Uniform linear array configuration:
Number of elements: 32
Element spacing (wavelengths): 1
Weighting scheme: cosine
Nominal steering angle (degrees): -15
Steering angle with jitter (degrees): -15.287
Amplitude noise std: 0.05
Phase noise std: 0.05

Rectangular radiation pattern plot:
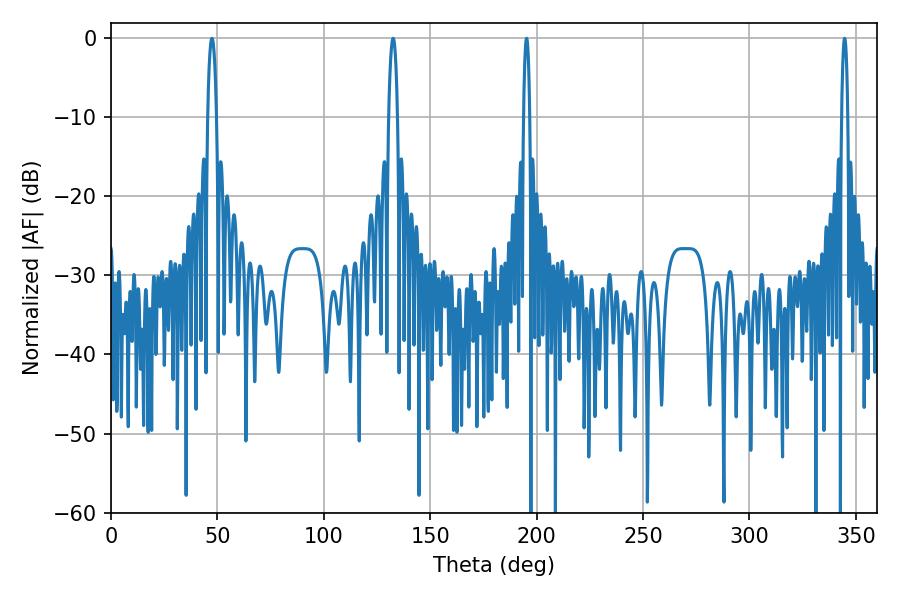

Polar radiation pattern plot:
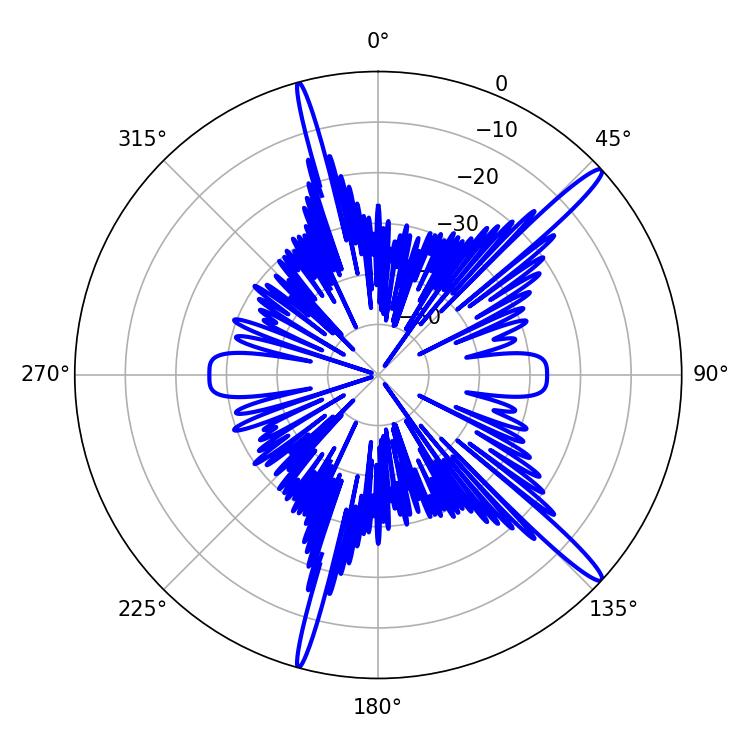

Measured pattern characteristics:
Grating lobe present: TRUE
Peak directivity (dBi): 15.918
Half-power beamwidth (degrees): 1.44
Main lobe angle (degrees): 344.7